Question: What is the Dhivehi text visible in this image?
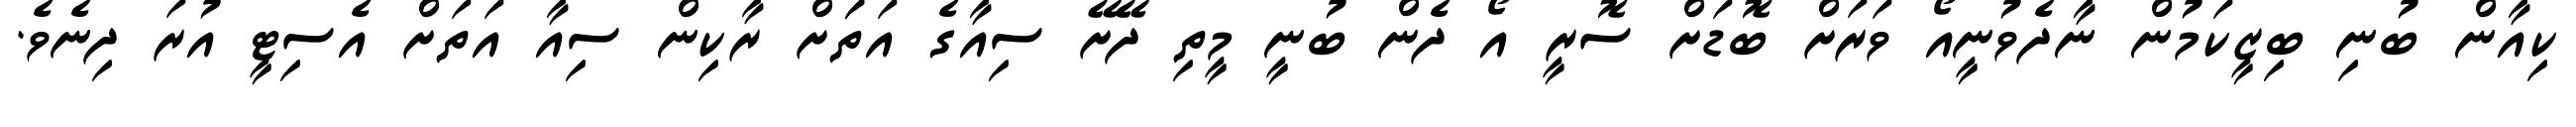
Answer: ކިއާން ބުނި ބިޒީކަމުން ނާދެވުނީއޯ ވަރަށް ބޮޑަށް ސޮރީ އޯ ދެން ބުނީ މީތި ދޭށޭ ސިއާގެ އަތަަށް ރާކިން ސިއާ އަތަށް އެސިޓީ އުރަ ދިނެވެ.